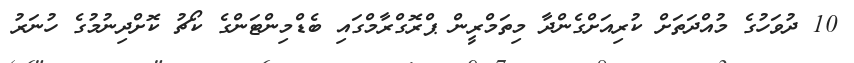
10 ދުވަހުގެ މުއްދަތަށް ކުރިއަށްގެންދާ މިތަމްރީން ޕްރޮގްރާމްގައި ބެޑްމިންޓަންގެ ކޯޗު ކޮޮށްދިނުމުގެ ހުނަރު